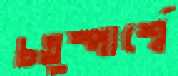
চতুষ্পার্শ্বে